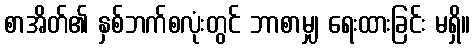
စာအိတ်၏ နှစ်ဘက်စလုံးတွင် ဘာစာမျှ ရေးထားခြင်း မရှိ။